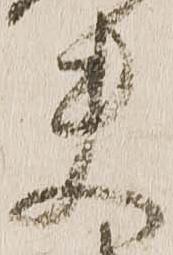
夫